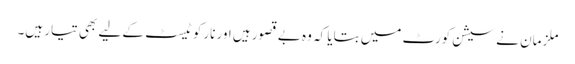
ملزمان نے سیشن کورٹ میں بتایا کہ وہ بے قصور ہیں اور نارکو ٹیسٹ کے لیے بھی تیار ہیں۔